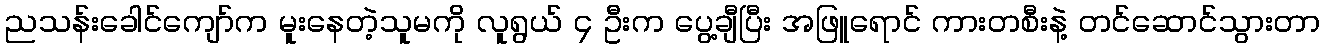
ညသန်းခေါင်ကျော်က မူးနေတဲ့သူမကို လူရွယ် ၄ ဦးက ပွေ့ချီပြီး အဖြူရောင် ကားတစီးနဲ့ တင်ဆောင်သွားတာ